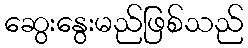
ဆွေးနွေးမည်ဖြစ်သည်